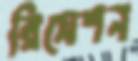
রিসেশন